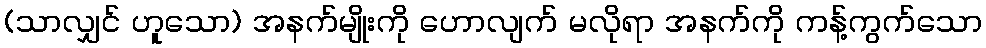
(သာလျှင် ဟူသော) အနက်မျိုးကို ဟောလျက် မလိုရာ အနက်ကို ကန့်ကွက်သော